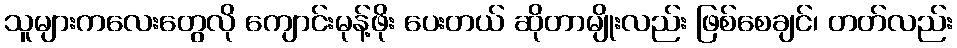
သူများကလေးတွေလို ကျောင်းမုန့်ဖိုး ပေးတယ် ဆိုတာမျိုးလည်း ဖြစ်စေချင်၊ တတ်လည်း